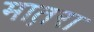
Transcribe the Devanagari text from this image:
मात़रा